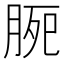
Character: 𣍴